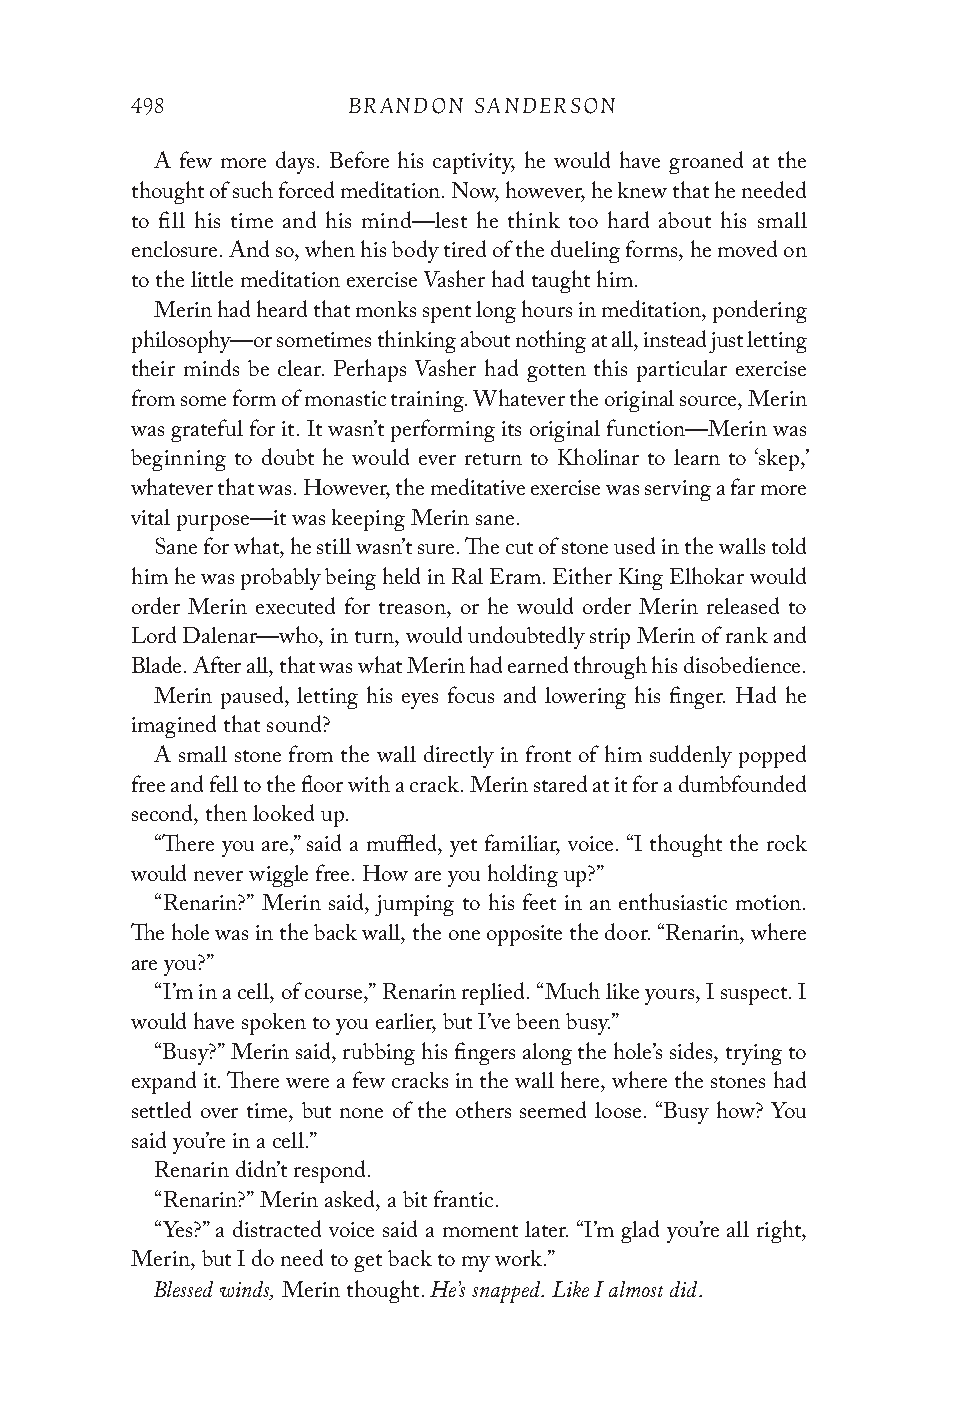
498           BRANDON SANDERSON
 A few more days. Before his captivity, he would have groaned at the
 thought of such forced meditation. Now, however, he knew that he needed
 to fill his time and his mind—lest he think too hard about his small
 enclosure. And so, when his body tired of the dueling forms, he moved on
 to the little meditation exercise Vasher had taught him.
 Merin had heard that monks spent long hours in meditation, pondering
 philosophy—or sometimes thinking about nothing at all, instead just letting
 their minds be clear. Perhaps Vasher had gotten this particular exercise
 from some form of monastic training. Whatever the original source, Merin
 was grateful for it. It wasn’t performing its original function—Merin was
 beginning to doubt he would ever return to Kholinar to learn to ‘skep,’
 whatever that was. However, the meditative exercise was serving a far more
 vital purpose—it was keeping Merin sane.
 Sane for what, he still wasn’t sure. The cut of stone used in the walls told
 him he was probably being held in Ral Eram. Either King Elhokar would
 order Merin executed for treason, or he would order Merin released to
 Lord Dalenar—who, in turn, would undoubtedly strip Merin of rank and
 Blade. After all, that was what Merin had earned through his disobedience.
 Merin paused, letting his eyes focus and lowering his finger. Had he
 imagined that sound?
 A small stone from the wall directly in front of him suddenly popped
 free and fell to the floor with a crack. Merin stared at it for a dumbfounded
 second, then looked up.
 “There you are,” said a muffled, yet familiar, voice. “I thought the rock
 would never wiggle free. How are you holding up?”
 “Renarin?” Merin said, jumping to his feet in an enthusiastic motion.
 The hole was in the back wall, the one opposite the door. “Renarin, where
 are you?”
 “I’m in a cell, of course,” Renarin replied. “Much like yours, I suspect. I
 would have spoken to you earlier, but I’ve been busy.”
 “Busy?” Merin said, rubbing his fingers along the hole’s sides, trying to
 expand it. There were a few cracks in the wall here, where the stones had
 settled over time, but none of the others seemed loose. “Busy how? You
 said you’re in a cell.”
 Renarin didn’t respond.
 “Renarin?” Merin asked, a bit frantic.
 “Yes?” a distracted voice said a moment later. “I’m glad you’re all right,
 Merin, but I do need to get back to my work.”
 Blessed winds,     He’s snapped. Like I almost did.
 Merin thought.